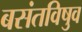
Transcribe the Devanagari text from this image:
बसंतविषुव